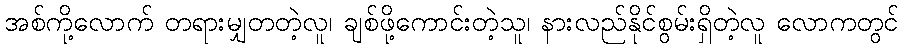
အစ်ကို့လောက် တရားမျှတတဲ့လူ၊ ချစ်ဖို့ကောင်းတဲ့သူ၊ နားလည်နိုင်စွမ်းရှိတဲ့လူ လောကတွင်